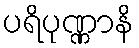
ပရိပုဏ္ဏာနိ